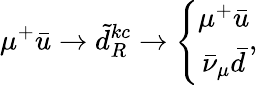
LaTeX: \mu^{+}\bar{u}\to\tilde{d}_{R}^{kc}\to\left\{ \begin{array}{c}{{\mu^{+}\bar{u}}}\\ {{\bar{\nu}_{\mu}\bar{d}}}\end{array}\right.,